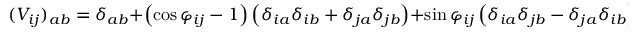
( V _ { i j } ) _ { a b } = \delta _ { a b } + \left( \cos { \varphi _ { i j } } - 1 \right) \left( \delta _ { i a } \delta _ { i b } + \delta _ { j a } \delta _ { j b } \right) + \sin { \varphi _ { i j } } \left( \delta _ { i a } \delta _ { j b } - \delta _ { j a } \delta _ { i b } \right) \, .